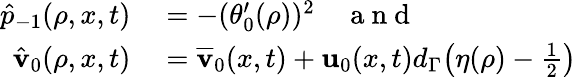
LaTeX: \begin{array}{rl}{\hat{p}_{-1}(\rho,x,t)}&{{}=-(\theta_{0}^{\prime}(\rho))^{2}\quad\mathrm{~a~n~d~}}\\ {\hat{\mathbf{v}}_{0}(\rho,x,t)}&{{}=\overline{{\mathbf{v}}}_{0}(x,t)+\mathbf{u}_{0}(x,t)d_{\Gamma}\big(\eta(\rho)-\frac{1}{2}\big)}\end{array}